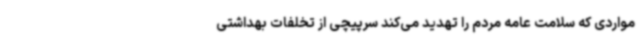
مواردی که سلامت عامه مردم را تهدید می‌کند سرپیچی از تخلفات بهداشتی